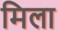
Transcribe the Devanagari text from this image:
मिला